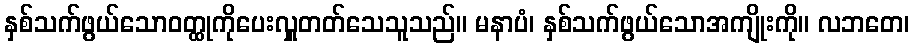
နှစ်သက်ဖွယ်သောဝတ္ထုကိုပေးလှူတတ်သေသူသည်။ မနာပံ၊ နှစ်သက်ဖွယ်သောအကျိုးကို။ လဘတေ၊